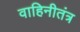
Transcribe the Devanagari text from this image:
वाहिनीतंत्र